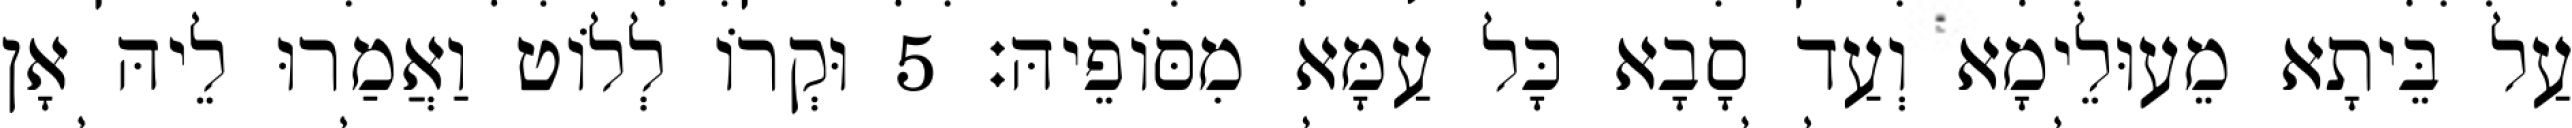
עַל בֵּיתָא מֵעוּלֵימָא וְעַד סָבָא כָּל עַמָּא מִסּוֹפֵיהּ׃ 5 וּקְרוֹ לְלוֹט וַאֲמַרוּ לֵיהּ אָן